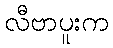
လီဗာပူးက